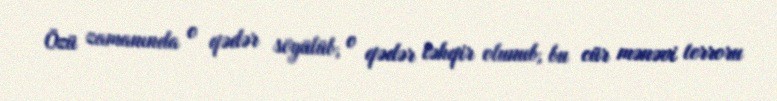
Özü zamanında o qədər söyülüb, o qədər təhqir olunub, bu cür mənəvi terroru